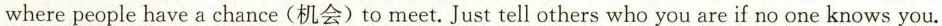
where people have a chance (机会)to meet. Just tell others who you are if no one knows you.